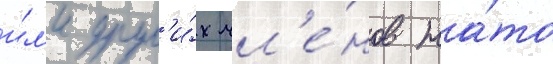
и́л'и друг'и́х чл'е́нов на́то